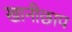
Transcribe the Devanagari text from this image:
खानीछाप